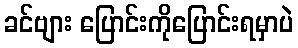
ခင်ဗျား ပြောင်းကိုပြောင်းရမှာပဲ